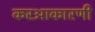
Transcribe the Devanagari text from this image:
करआकारणी